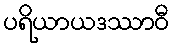
ပရိယာယဒဿာဝီ